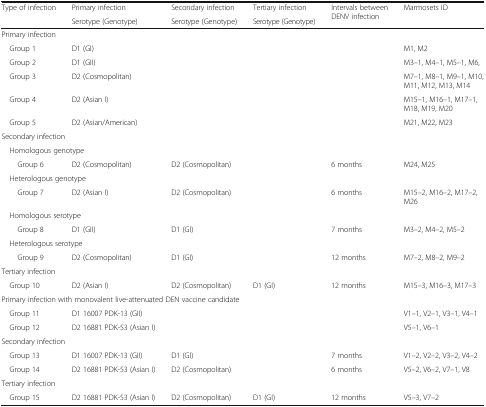
<table><thead><tr><td rowspan="2"><b>Type of infection</b></td><td><b>Primary infection</b></td><td><b>Secondary infection</b></td><td><b>Tertiary infection</b></td><td rowspan="2"><b>Intervals between DENV infection</b></td><td rowspan="2"><b>Marmosets ID</b></td></tr><tr><td><b>Serotype (Genotype)</b></td><td><b>Serotype (Genotype)</b></td><td><b>Serotype (Genotype)</b></td></tr></thead><tbody><tr><td colspan="6">Primary infection</td></tr><tr><td> Group 1</td><td>D1 (GI)</td><td></td><td></td><td></td><td>M1, M2</td></tr><tr><td> Group 2</td><td>D1 (GII)</td><td></td><td></td><td></td><td>M3–1, M4–1, M5–1, M6,</td></tr><tr><td> Group 3</td><td>D2 (Cosmopolitan)</td><td></td><td></td><td></td><td>M7–1, M8–1, M9–1, M10, M11, M12, M13, M14</td></tr><tr><td> Group 4</td><td>D2 (Asian I)</td><td></td><td></td><td></td><td>M15–1, M16–1, M17–1, M18, M19, M20</td></tr><tr><td> Group 5</td><td>D2 (Asian/American)</td><td></td><td></td><td></td><td>M21, M22, M23</td></tr><tr><td colspan="6">Secondary infection</td></tr><tr><td colspan="6"> Homologous genotype</td></tr><tr><td>Group 6</td><td>D2 (Cosmopolitan)</td><td>D2 (Cosmopolitan)</td><td></td><td>6 months</td><td>M24, M25</td></tr><tr><td colspan="6"> Heterologous genotype</td></tr><tr><td>Group 7</td><td>D2 (Asian I)</td><td>D2 (Cosmopolitan)</td><td></td><td>6 months</td><td>M15–2, M16–2, M17–2, M26</td></tr><tr><td colspan="6"> Homologous serotype</td></tr><tr><td>Group 8</td><td>D1 (GII)</td><td>D1 (GI)</td><td></td><td>7 months</td><td>M3–2, M4–2, M5–2</td></tr><tr><td colspan="6"> Heterologous serotype</td></tr><tr><td>Group 9</td><td>D2 (Cosmopolitan)</td><td>D1 (GI)</td><td></td><td>12 months</td><td>M7–2, M8–2, M9–2</td></tr><tr><td colspan="6">Tertiary infection</td></tr><tr><td> Group 10</td><td>D2 (Asian I)</td><td>D2 (Cosmopolitan)</td><td>D1 (GI)</td><td>12 months</td><td>M15–3, M16–3, M17–3</td></tr><tr><td colspan="6">Primary infection with monovalent live-attenuated DEN vaccine candidate</td></tr><tr><td> Group 11</td><td>D1 16007 PDK-13 (GII)</td><td></td><td></td><td></td><td>V1–1, V2–1, V3–1, V4–1</td></tr><tr><td> Group 12</td><td>D2 16881 PDK-53 (Asian I)</td><td></td><td></td><td></td><td>V5–1, V6–1</td></tr><tr><td colspan="6">Secondary infection</td></tr><tr><td> Group 13</td><td>D1 16007 PDK-13 (GII)</td><td>D1 (GI)</td><td></td><td>7 months</td><td>V1–2, V2–2, V3–2, V4–2</td></tr><tr><td> Group 14</td><td>D2 16881 PDK-53 (Asian I)</td><td>D2 (Cosmopolitan)</td><td></td><td>6 months</td><td>V5–2, V6–2, V7–1, V8</td></tr><tr><td colspan="6">Tertiary infection</td></tr><tr><td> Group 15</td><td>D2 16881 PDK-53 (Asian I)</td><td>D2 (Cosmopolitan)</td><td>D1 (GI)</td><td>12 months</td><td>V5–3, V7–2</td></tr></tbody></table>